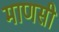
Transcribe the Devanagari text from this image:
माणसी